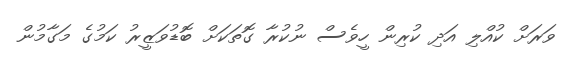
ވަރަށް ކުއްލި އަދި ކުރިން ހީވެސް ނުކުރާ ގޮތަކަށް ބޮޑުވަޒީރު ކަމުގެ މަގާމުން